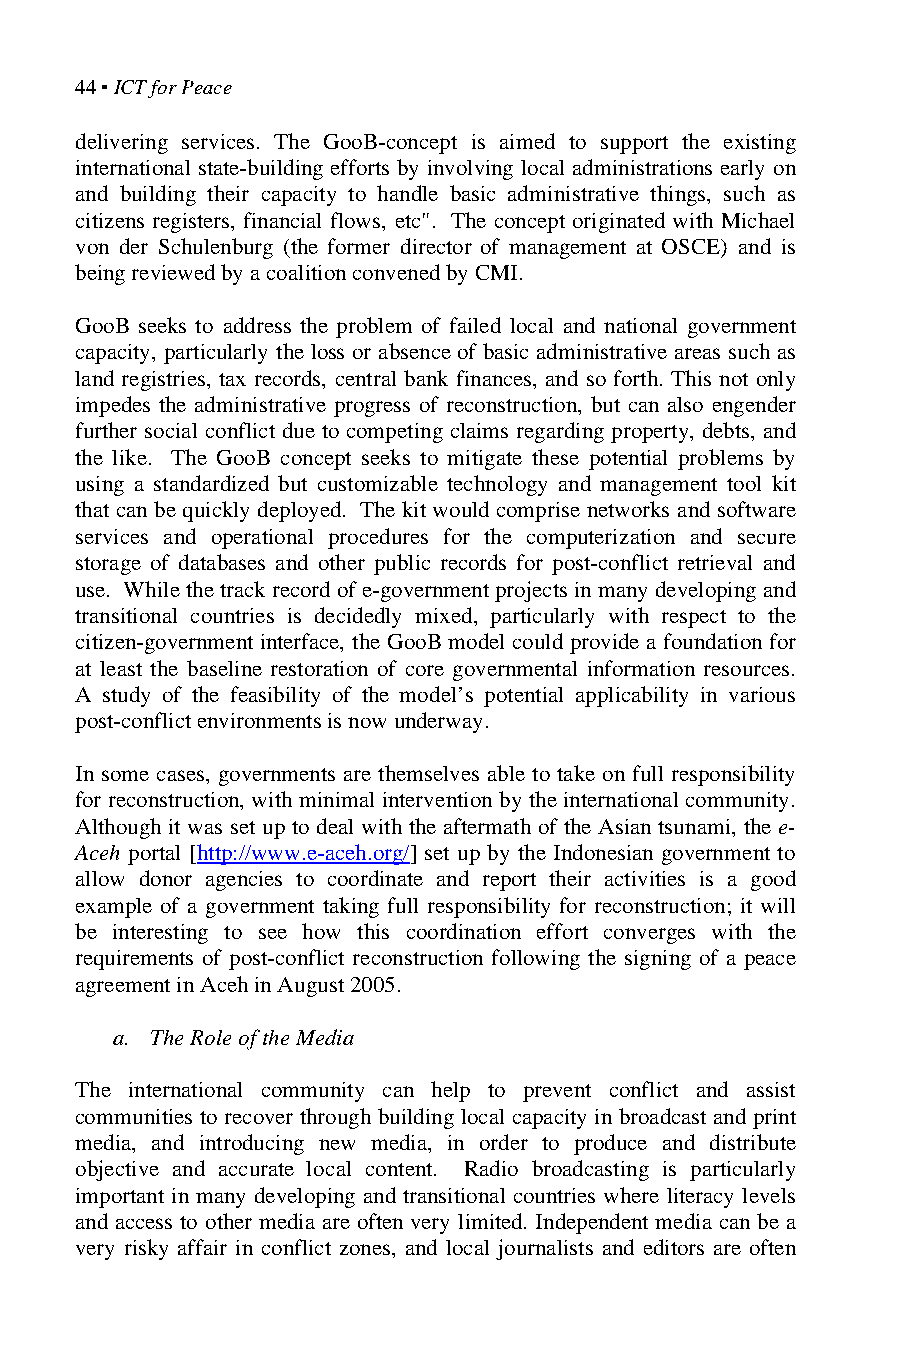
44 ▪ ICT for Peace
 delivering services. The GooB-concept is aimed to support the existing
 international state-building efforts by involving local administrations early on
 and building their capacity to handle basic administrative things, such as
 citizens registers, financial flows, etc". The concept originated with Michael
 von der Schulenburg (the former director of management at OSCE) and is
 being reviewed by a coalition convened by CMI.
 GooB seeks to address the problem of failed local and national government
 capacity, particularly the loss or absence of basic administrative areas such as
 land registries, tax records, central bank finances, and so forth. This not only
 impedes the administrative progress of reconstruction, but can also engender
 further social conflict due to competing claims regarding property, debts, and
 the like. The GooB concept seeks to mitigate these potential problems by
 using a standardized but customizable technology and management tool kit
 that can be quickly deployed. The kit would comprise networks and software
 services and operational procedures for the computerization and secure
 storage of databases and other public records for post-conflict retrieval and
 use. While the track record of e-government projects in many developing and
 transitional countries is decidedly mixed, particularly with respect to the
 citizen-government interface, the GooB model could provide a foundation for
 at least the baseline restoration of core governmental information resources.
 A study of the feasibility of the model’s potential applicability in various
 post-conflict environments is now underway.
 In some cases, governments are themselves able to take on full responsibility
 for reconstruction, with minimal intervention by the international community.
 Although it was set up to deal with the aftermath of the Asian tsunami, the e-
 Aceh portal [http://www.e-aceh.org/] set up by the Indonesian government to
 allow donor agencies to coordinate and report their activities is a good
 example of a government taking full responsibility for reconstruction; it will
 be interesting to see how this coordination effort converges with the
 requirements of post-conflict reconstruction following the signing of a peace
 agreement in Aceh in August 2005.
 a. The Role of the Media
 The international community can help to prevent conflict and assist
 communities to recover through building local capacity in broadcast and print
 media, and introducing new media, in order to produce and distribute
 objective and accurate local content. Radio broadcasting is particularly
 important in many developing and transitional countries where literacy levels
 and access to other media are often very limited. Independent media can be a
 very risky affair in conflict zones, and local journalists and editors are often